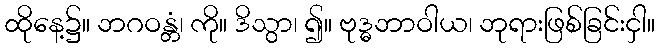
ထိုနေ့၌။ ဘဂဝန္တံ၊ ကို။ ဒိသွာ၊ ၍။ ဗုဒ္ဓဘာဝါယ၊ ဘုရားဖြစ်ခြင်းငှါ။